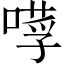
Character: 𠼼